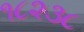
૧૮૨૩૮